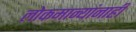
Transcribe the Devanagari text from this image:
लोकमान्‍यांनाही